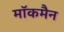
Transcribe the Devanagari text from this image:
मॉकमैन